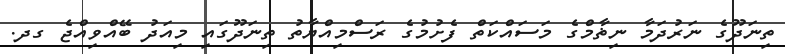
ތިނަދޫގެ ނަރުދަމާ ނިޡާމްގެ މަސައްކަތް ފެށުމުގެ ރަސްމިއްޔާތު ތިނަދޫގައި މިއަދު ބޭއްވިއްޖެ ގދ.